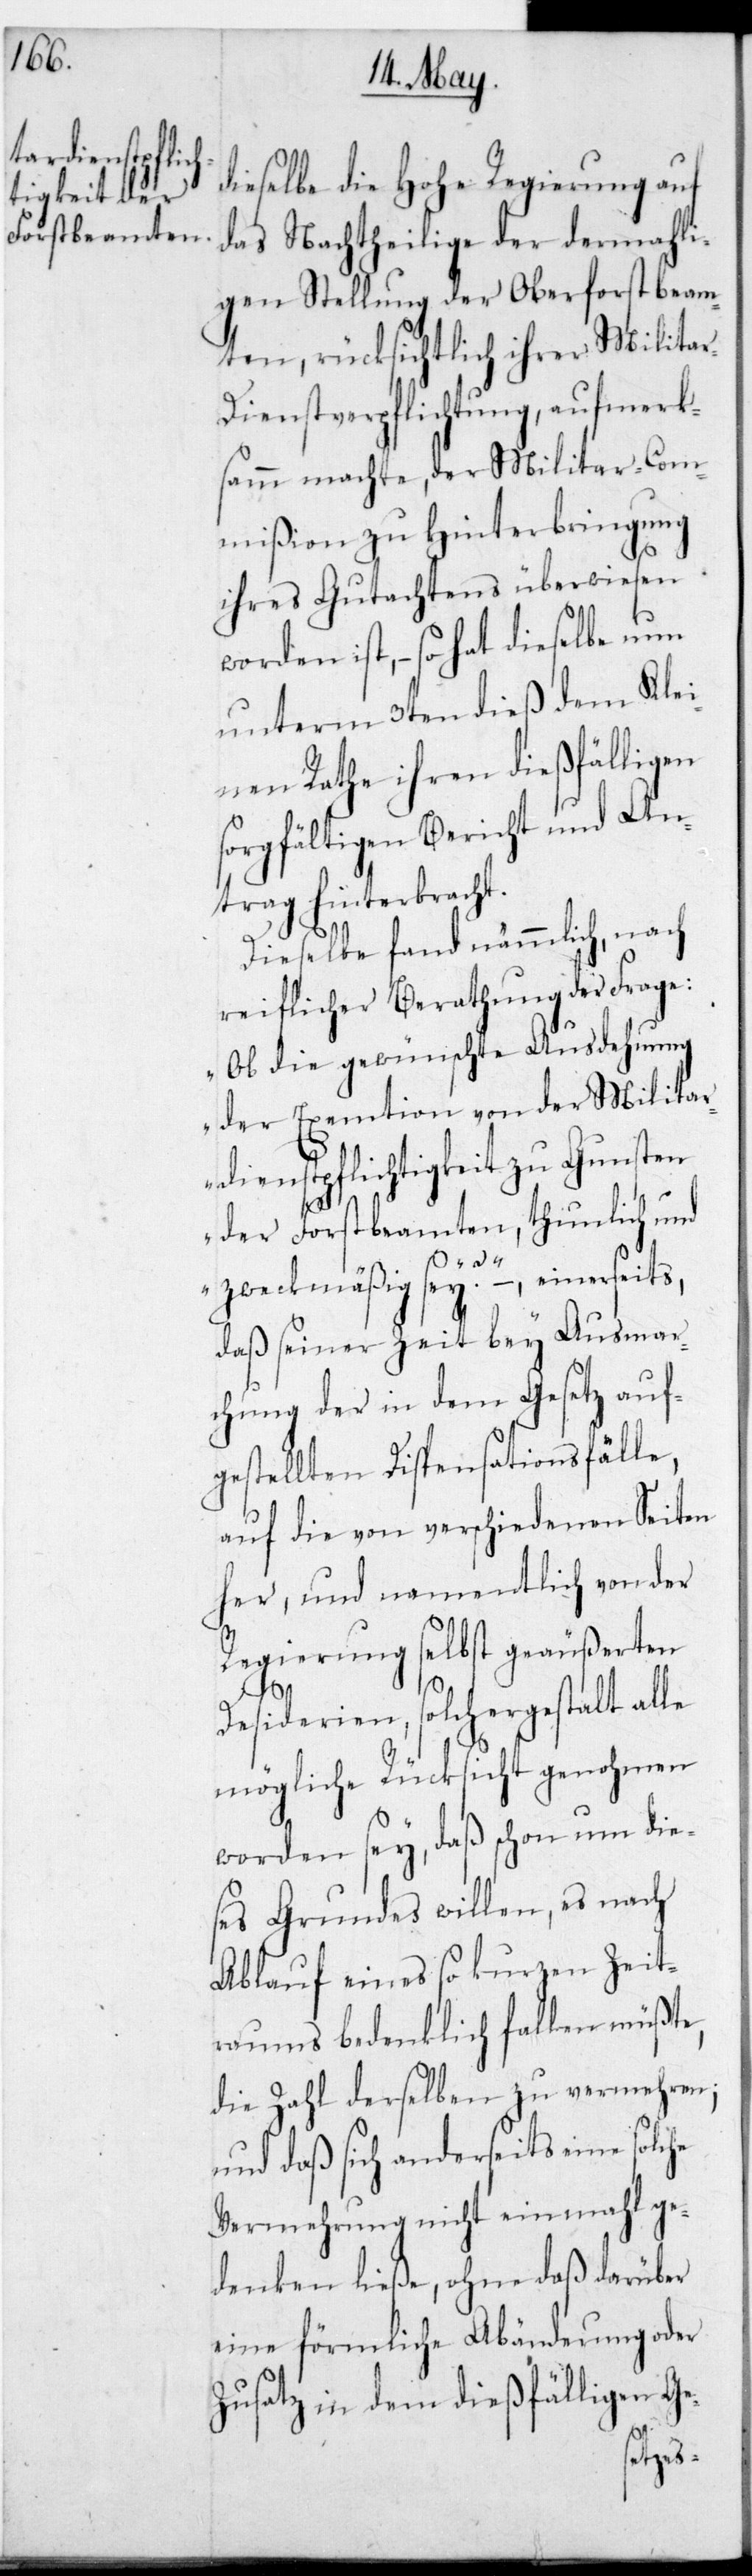
dieselbe die Hohe Regierung auf
das Nachtheilige der dermahli¬
gen Stellung der Oberforstbeam¬
ten, rücksichtlich ihrer Militär¬
dienst-Verpflichtung, aufmerk¬
samm machte, der Militar-Com¬
mißion zu Hinterbringung
ihres Gutachtens überwiesen
worden ist, – so hat dieselbe nun
unterm 3ten dieß dem Klei¬
nen Rathe ihren dießfälligen
sorgfältigen Bericht und An¬
trag hinterbracht.
Dieselbe fand nämmlich, nach
reiflicher Berathung der Frage:
„Ob die gewünschte Ausdehung
der Exemtion von der Militär¬
dienstpflichtigkeit zu Gunsten
der Forstbeamten, thunlich und
zweckmäßig sei?“ – einerseits
daß seiner Zeit bey Ausmar¬
chung der in dem Gesetz auf¬
gestellten Dispensationsfälle,
auf die von verschiedenen Seiten
her, und namentlich von der
Regierung selbst geäußereten
Desiderien, solchergestalt alle
mögliche Rücksicht genohmen
worden sey, daß schon um die¬
ses Grundes willen, es nach
Ablauf eines so kurzen Zeit¬
raums bedenklich fallen müßte,
die Zahl derselben zu vermehren;
und daß sich anderseits eine solche
Vermehrung nicht einmahl ge¬
denken ließe, ohne daß darüber
eine förmliche Abänderung oder
Zusatz in dem dießfälligen Ge-